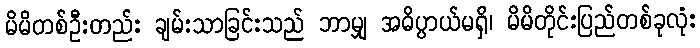
မိမိတစ်ဦးတည်း ချမ်းသာခြင်းသည် ဘာမျှ အဓိပ္ပာယ်မရှိ၊ မိမိတိုင်းပြည်တစ်ခုလုံး